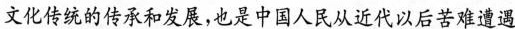
国和世界也不可能有持久和平。我们一定要抓住机遇，集中